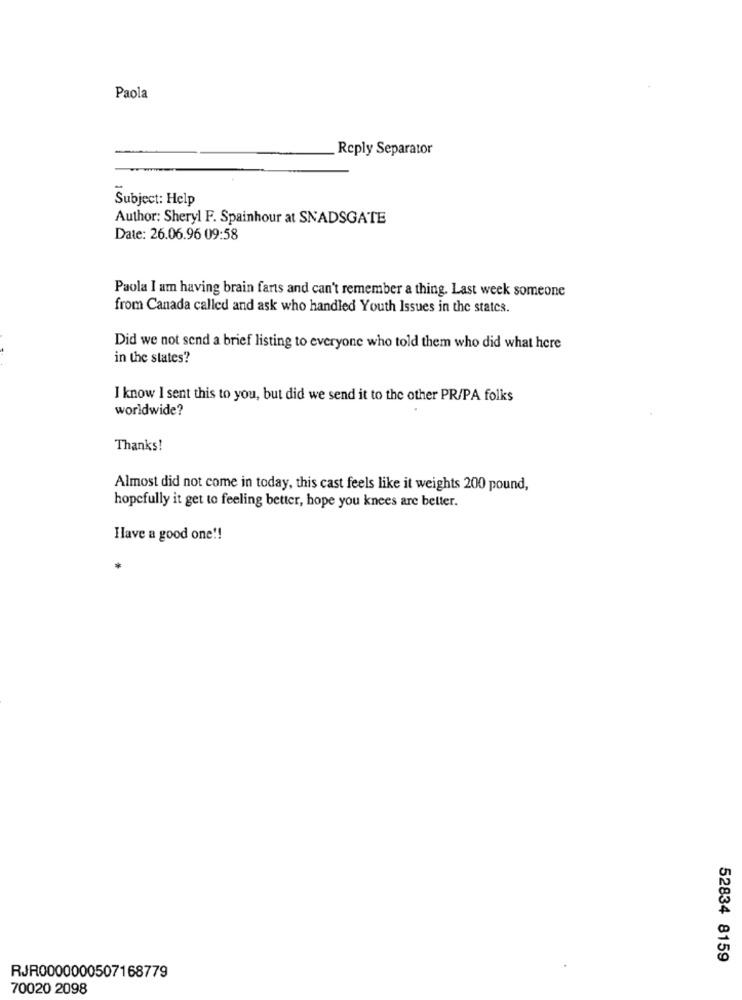
Paola
Reply Separator
Subject: Help
Author: Sheryl F. Spainhour at SNADSGATE
Date: 26.06.96 09:58
Paola I am having brain farts and can't remember a thing. Last week someone
from Canada called and ask who handled Youth Issues in the states.
Did we not send a brief listing to everyone who told them who did what here
in the states?
I know I sent this to you, but did we send it to the other PR/PA folks
worldwide?
Thanks!
Almost did not come in today, this cast feels like it weights 200 pound,
hopefully it get to feeling better, hope you knees are better.
Have a good one !!
52834 8159
RJR0000000507168779
70020 2098